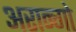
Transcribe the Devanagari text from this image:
अरान्गो